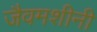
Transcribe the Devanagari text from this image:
जैवमशीनी